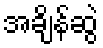
အချိန်ဆွဲ